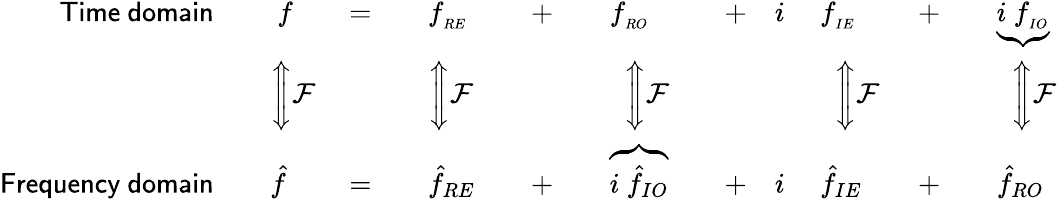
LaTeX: {\begin{array}{rlrlrlrlrl}{{\mathsf{Time\ domain}}\quad}&{\ f\quad}&{=\quad}&{f_{_{RE}}\quad}&{+\quad}&{f_{_{RO}}\quad}&{+\quad i\ }&{f_{_{IE}}\quad}&{+\quad}&{\underbrace{i\ f_{_{IO}}}}\\ &{{\Bigg\Updownarrow}{\mathcal{F}}}&&{{\Bigg\Updownarrow}{\mathcal{F}}}&&{\ \ {\Bigg\Updownarrow}{\mathcal{F}}}&&{\ \ {\Bigg\Updownarrow}{\mathcal{F}}}&&{\ \ {\Bigg\Updownarrow}{\mathcal{F}}}\\ {{\mathsf{Frequency\ domain}}\quad}&{{\hat{f}}\quad}&{=\quad}&{{\hat{f}}_{RE}\quad}&{+\quad}&{\overbrace{i\ {\hat{f}}_{IO}}\quad}&{+\quad i\ }&{{\hat{f}}_{IE}\quad}&{+\quad}&{{\hat{f}}_{RO}}\end{array}}